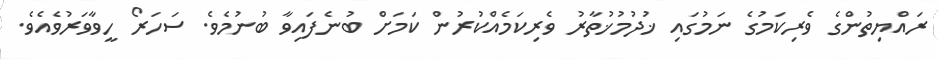
ރައްޔިތުންގެ ވެރިކަމުގެ ނަމުގައި ޚުދުމުޚުތާރު ވެރިކަމެއްކުރުން ކަމަށް ބުނެފައިވާ ބުނުމެވެ. ސަހަރޯ ހީވާވަރުވެއެވެ.